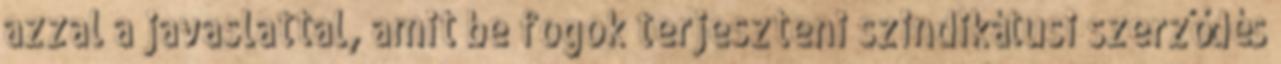
azzal a javaslattal, amit be fogok terjeszteni szindikátusi szerződés